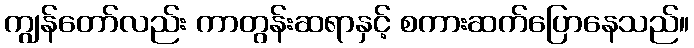
ကျွန်တော်လည်း ကာတွန်းဆရာနှင့် စကားဆက်ပြောနေသည်။